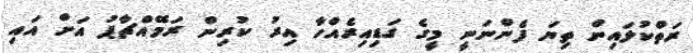
ރަތްކުލައިން ތިޔަ ފެންނަނީ މީގެ ގަޑިއިރެއްހާ އިރު ކުރިން ރަމޭއްޗާޕު އަށް އައި